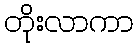
တိုးလာကာ